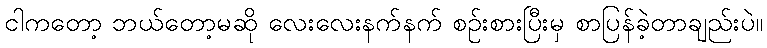
ငါကတော့ ဘယ်တော့မဆို လေးလေးနက်နက် စဉ်းစားပြီးမှ စာပြန်ခဲ့တာချည်းပဲ။